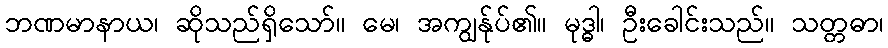
ဘဏမာနာယ၊ ဆိုသည်ရှိသော်။ မေ၊ အကျွန်ုပ်၏။ မုဒ္ဓါ၊ ဦးခေါင်းသည်။ သတ္တဓာ၊